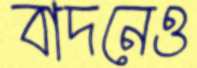
বাদনেও